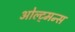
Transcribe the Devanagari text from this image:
ओल्ट्मन्स